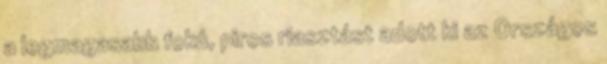
a legmagasabb fokú, piros riasztást adott ki az Országos